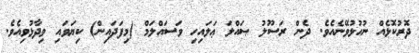
ދޮރުކޮޅެއް ނުހުޅުވޭނެއެވެ. ދެން ރަސޫލު ޞައްލަ ޢަލައިހި ވަސައްލަމް (މިފަދައިން) ކިޔަވައި ވިދާޅުވިއެވެ.